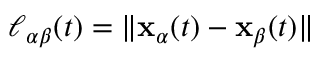
\ell _ { \alpha \beta } ( t ) = \| \mathbf { x } _ { \alpha } ( t ) - \mathbf { x } _ { \beta } ( t ) \|